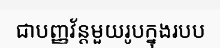
ជាបញ្ញវ័ន្តមួយរូបក្នុងរបប